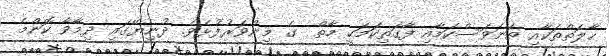
ޙާލަތްތަކާއި ތަނަވަސްކަމާއި ފާގަތިކަމަކީ މާތް  ގެ މިންވަރުފުޅެވެ. ދުނިޔޭގައި ދިމާވާ ކޮންމެ